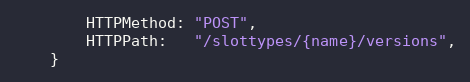
Language: Go
		HTTPMethod: "POST",
		HTTPPath:   "/slottypes/{name}/versions",
	}